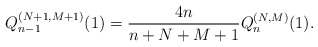
\begin{align*} Q_{n-1}^{( N+1,M+1) }(1) =\frac{4n}{n+N+M+1} Q_{n}^{(N,M) }(1) . \end{align*}